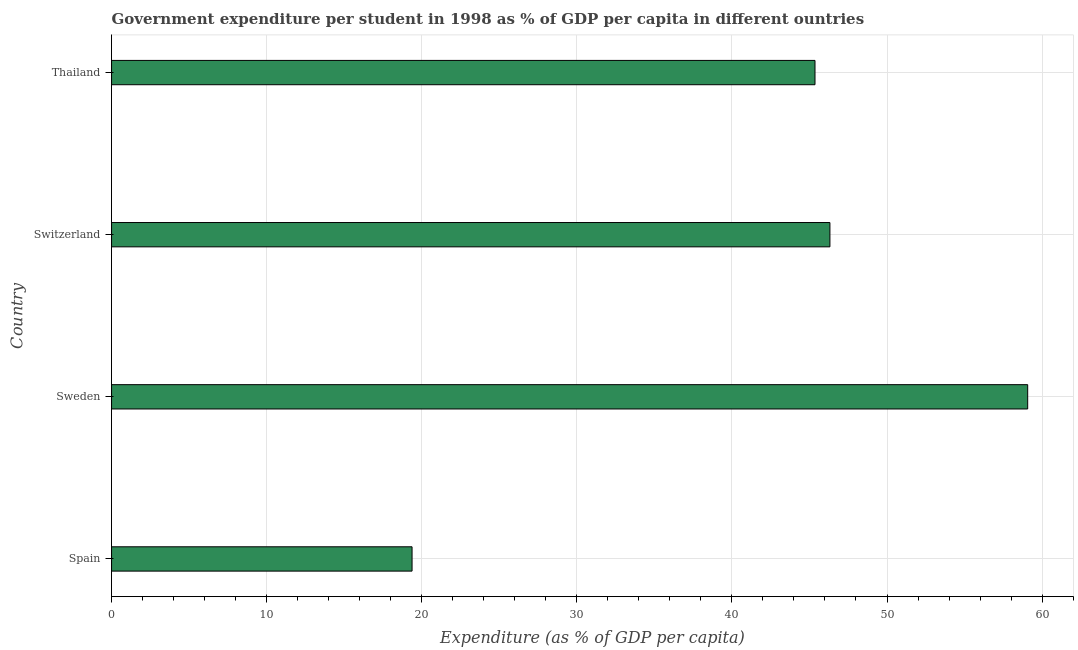
| Country | Government expenditure per tertiary student |
 | --- | --- |
 | Spain | 19.4 |
 | Sweden | 59.1 |
 | Switzerland | 46.3 |
 | Thailand | 45.4 |